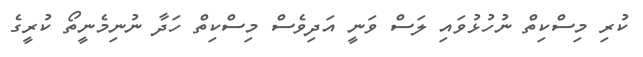
ކުރި މިސްކިތް ނުހުޅުވައި ލަސް ވަނީ އަދިވެސް މިސްކިތް ހަދާ ނުނިމެނީތޯ ކުރީގެ